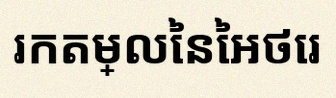
រកតម្លៃនៃអថេរ